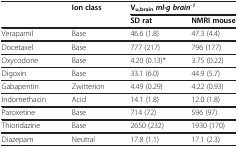
|  | Ion class | <COLSPAN=2> Vu,brain ml·g brain-1 |
 |  |  | SD rat | NMRI mouse |
 | --- | --- | --- | --- |
 | Verapamil | Base | 46.6 (1.8) | 47.3 (4.4) |
 | Docetaxel | Base | 777 (217) | 796 (177) |
 | Oxycodone | Base | 4.20 (0.13)* | 3.75 (0.22) |
 | Digoxin | Base | 33.1 (6.0) | 44.9 (5.7) |
 | Gabapentin | Zwitterion | 4.49 (0.29) | 4.22 (0.93) |
 | Indomethacin | Acid | 14.1 (1.8) | 12.0 (1.8) |
 | Paroxetine | Base | 714 (72) | 596 (97) |
 | Thioridazine | Base | 2650 (232) | 1930 (170) |
 | Diazepam | Neutral | 17.8 (1.1) | 17.1 (2.3) |